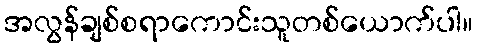
အလွန်ချစ်စရာကောင်းသူတစ်ယောက်ပါ။